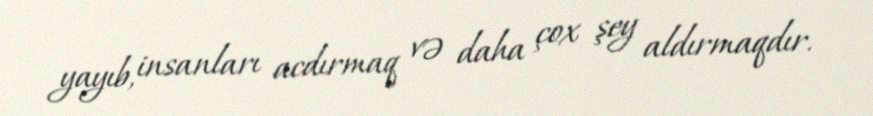
yayıb, insanları acdırmaq və daha çox şey aldırmaqdır.